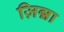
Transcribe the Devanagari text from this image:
ज़िन्ना